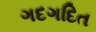
ગદગદિત